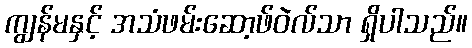
ကျွန်မနှင့် အသံဖမ်းဆော့ဖ်ဝဲလ်သာ ရှိပါသည်။